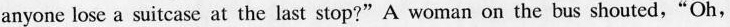
anyone lose a suitcase at the last stop?"A woman on the bus shouted,"Oh,